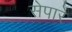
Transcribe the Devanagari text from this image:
सेपारे